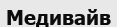
Медивайв